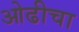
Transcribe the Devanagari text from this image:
ओढीचा